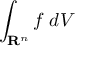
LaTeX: \int _ { \mathbf { R } ^ { n } } f \; d V